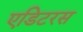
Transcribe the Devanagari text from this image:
एडिटरस